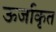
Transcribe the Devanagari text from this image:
ऊर्जाकृत